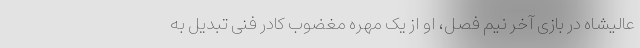
عالیشاه در بازی آخر نیم فصل، او از یک مهره مغضوب کادر فنی تبدیل به